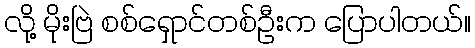
လို့ မိုးဗြဲ စစ်ရှောင်တစ်ဦးက ပြောပါတယ်။